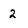
Character: 2